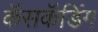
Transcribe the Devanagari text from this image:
कॅसकॅडिंग